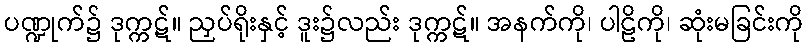
ပဏ္ဍုက်၌ ဒုက္ကဋ်။ ညှပ်ရိုးနှင့် ဒူး၌လည်း ဒုက္ကဋ်။ အနက်ကို၊ ပါဠိကို၊ ဆုံးမခြင်းကို